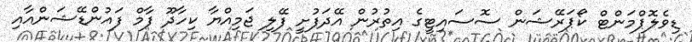
ޑިވެލޮޕްމަންޓް ކޯޕަރޭޝަން ސޮސައިޓީގެ އިތުރުން އޭދަފުށީ ފޭލި ޖަމިއްޔާ ކިހާދޫ ފާމް ފައުންޑޭޝަންއާއި